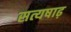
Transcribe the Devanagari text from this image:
सत्यषाढ़